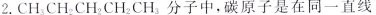
2. CH_{3} CH_{2} CH_{2} CH_{2} CH_{3}分子中，碳原子是在同一直线